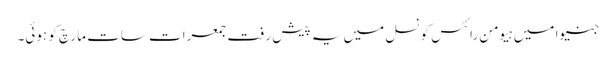
جنیوا میں ہیومن رائٹس کونسل میں یہ پیش رفت جمعرات سات مارچ کو ہوئی۔